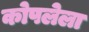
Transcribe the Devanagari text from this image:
कोपलेला